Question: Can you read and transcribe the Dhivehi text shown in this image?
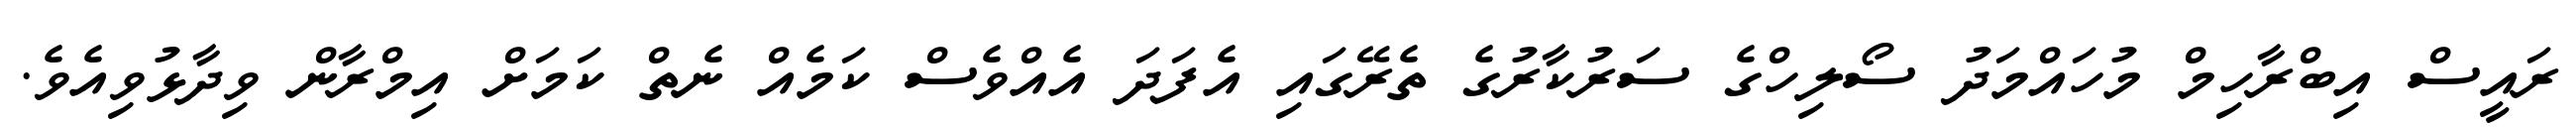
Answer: ރައީސް އިބްރާހިމް މުހައްމަދު ސޯލިހްގެ ސަރުކާރުގެ ތެރޭގައި އެފަދަ އެއްވެސް ކަމެއް ނެތް ކަމަށް އިމްރާން ވިދާޅުވިއެވެ.